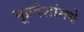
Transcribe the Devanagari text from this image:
भूप्रदेशांमधे